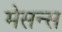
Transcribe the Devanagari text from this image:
मेसन्स